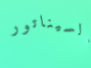
السيناتور